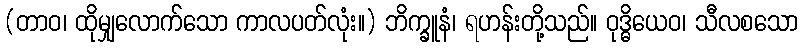
(တာဝ၊ ထိုမျှလောက်သော ကာလပတ်လုံး။) ဘိက္ခူနံ၊ ရဟန်းတို့သည်။ ဝုဒ္ဓိယေဝ၊ သီလစသော